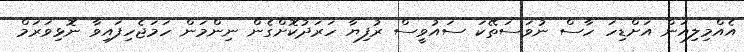
އެއްމިލިއަން އަށްޑިހަ ހާސް ނުވަސަތޭކަ ސައުވީސް ރުފިޔާ ހަރަދުކޮށްގެން ނިންމަން ހަމަޖެހިފައިވާ ނޮޅިވަރަމް